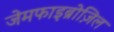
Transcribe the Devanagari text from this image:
जेमफाइब्रोज़िल